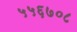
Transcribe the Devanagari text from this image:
५५६७०८